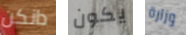
دانكن يكون وزارة